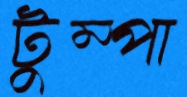
টুম্পা